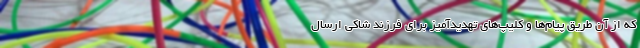
که از آن طریق پیام‌ها و کلیپ‌های تهدیدآمیز برای فرزند شاکی ارسال